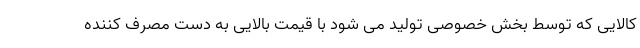
کالایی که توسط بخش خصوصی تولید می شود با قیمت بالایی به دست مصرف کننده